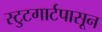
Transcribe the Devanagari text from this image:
स्टुटगार्टपासून